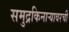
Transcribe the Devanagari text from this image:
समुद्रकिनार्‍यावरची